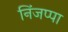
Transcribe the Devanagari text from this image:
निंजप्पा